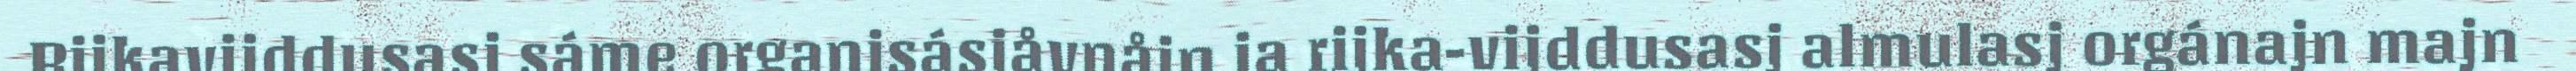
Rijkavijddusasj sáme organisásjåvnåjn ja rijka-vijddusasj almulasj orgánajn majn